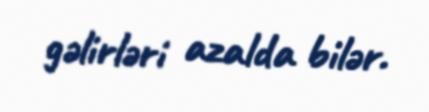
gəlirləri azalda bilər.